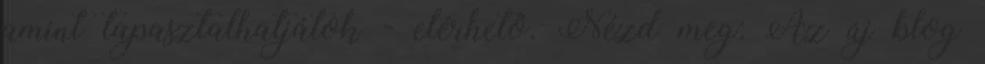
amint tapasztalhatjátok - elérhetö. Nézd meg: Az új blog